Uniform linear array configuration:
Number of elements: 24
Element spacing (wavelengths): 0.5
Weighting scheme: kaiser
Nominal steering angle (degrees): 60
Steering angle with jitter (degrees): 61.926
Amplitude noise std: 0.05
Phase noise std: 0.05

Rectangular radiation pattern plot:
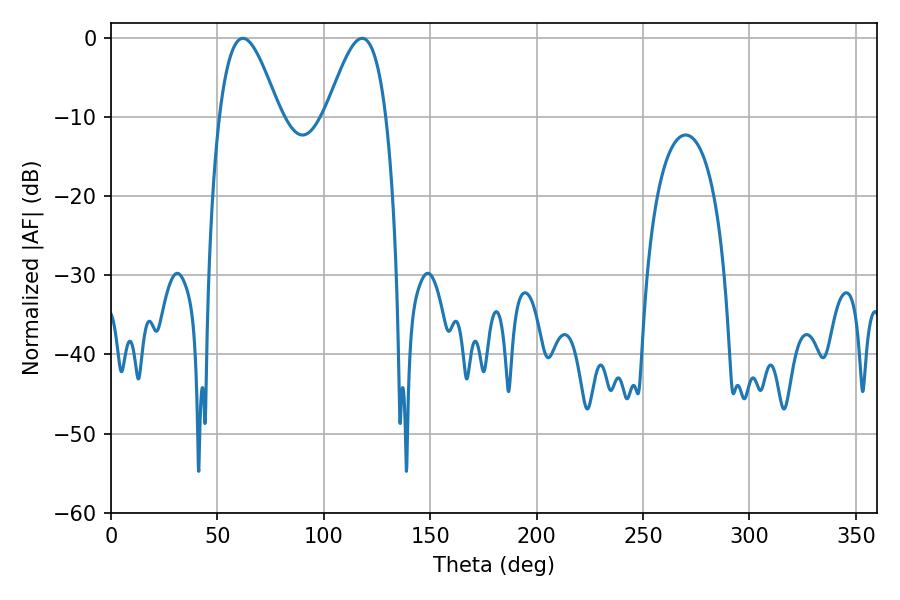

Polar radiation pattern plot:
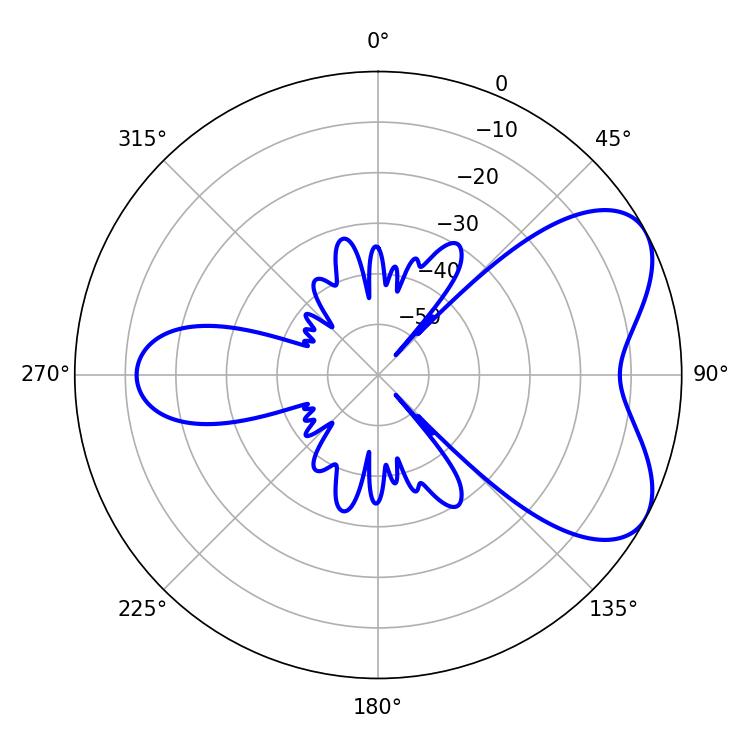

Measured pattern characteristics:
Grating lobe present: FALSE
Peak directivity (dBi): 5.884
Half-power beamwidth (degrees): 15.12
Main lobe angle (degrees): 61.92